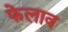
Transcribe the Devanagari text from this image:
फेलाव